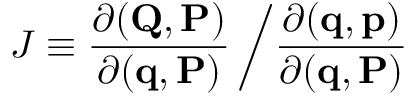
J \equiv { \frac { \partial ( \mathbf { Q } , \mathbf { P } ) } { \partial ( \mathbf { q } , \mathbf { P } ) } } \left/ { \frac { \partial ( \mathbf { q } , \mathbf { p } ) } { \partial ( \mathbf { q } , \mathbf { P } ) } } \right.